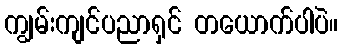
ကျွမ်းကျင်ပညာရှင် တယောက်ပါပဲ။